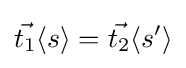
{\vec {t_{1}}}\langle s\rangle ={\vec {t_{2}}}\langle s'\rangle